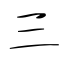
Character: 三